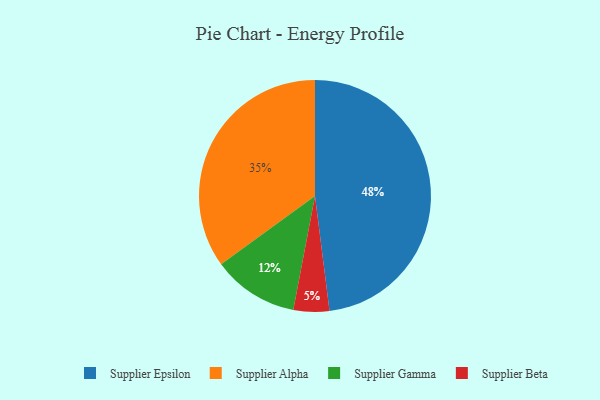
{"axis": {"x": "Category", "y": "Percentage"}, "legend": ["Supplier Alpha", "Supplier Beta", "Supplier Epsilon", "Supplier Gamma"], "data": [{"x": "Supplier Alpha", "y": 35, "type": "Supplier Alpha"}, {"x": "Supplier Gamma", "y": 12, "type": "Supplier Gamma"}, {"x": "Supplier Epsilon", "y": 48, "type": "Supplier Epsilon"}, {"x": "Supplier Beta", "y": 5, "type": "Supplier Beta"}]}